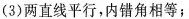
(3)两直线平行，内错角相等；